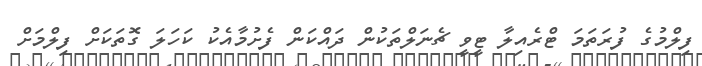
ފިލްމުގެ ފުރަތަމަ ޓްރެއިލާ ޓީވީ ޗެނަލްތަކުން ދައްކަން ފެށުމާއެކު ކަހަލަ ގޮތަކަށް ފިލްމަށް